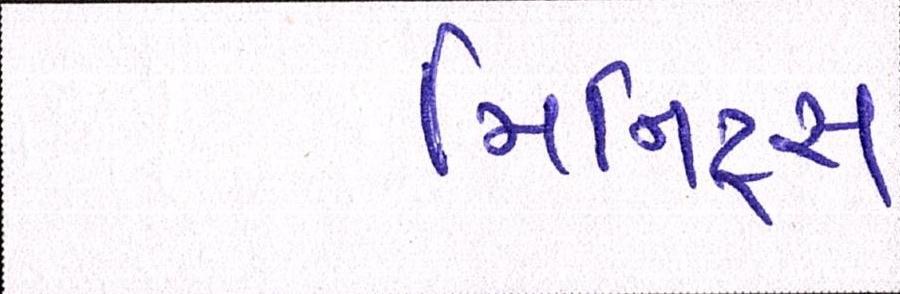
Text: મિનિટ્સ